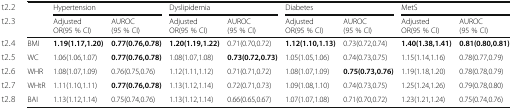
<table><thead><tr><td></td><td colspan="2"><b>Hypertension</b></td><td colspan="2"><b>Dyslipidemia</b></td><td colspan="2"><b>Diabetes</b></td><td colspan="2"><b>MetS</b></td></tr><tr><td></td><td><b>Adjusted OR(95 % CI)</b></td><td><b>AUROC (95 % CI)</b></td><td><b>Adjusted OR(95 % CI)</b></td><td><b>AUROC (95 % CI)</b></td><td><b>Adjusted OR(95 % CI)</b></td><td><b>AUROC (95 % CI)</b></td><td><b>Adjusted OR(95 % CI)</b></td><td><b>AUROC (95 % CI)</b></td></tr></thead><tbody><tr><td>BMI</td><td><b>1.19(1.17,1.20)</b></td><td><b>0.77(0.76,0.78)</b></td><td><b>1.20(1.19,1.22)</b></td><td>0.71(0.70,0.72)</td><td><b>1.12(1.10,1.13)</b></td><td>0.73(0.72,0.74)</td><td><b>1.40(1.38,1.41)</b></td><td><b>0.81(0.80,0.81)</b></td></tr><tr><td>WC</td><td>1.06(1.06,1.07)</td><td><b>0.77(0.76,0.78)</b></td><td>1.08(1.07,1.08)</td><td><b>0.73(0.72,0.73)</b></td><td>1.05(1.05,1.06)</td><td>0.74(0.73,0.75)</td><td>1.15(1.14,1.16)</td><td>0.78(0.77,0.79)</td></tr><tr><td>WHR</td><td>1.08(1.07,1.09)</td><td>0.76(0.75,0.76)</td><td>1.12(1.11,1.12)</td><td>0.71(0.71,0.72)</td><td>1.08(1.07,1.09)</td><td><b>0.75(0.73,0.76)</b></td><td>1.19(1.18,1.20)</td><td>0.78(0.78,0.79)</td></tr><tr><td>WHtR</td><td>1.11(1.10,1.11)</td><td><b>0.77(0.76,0.78)</b></td><td>1.13(1.12,1.14)</td><td>0.72(0.71,0.73)</td><td>1.09(1.08,1.10)</td><td>0.74(0.73,0.75)</td><td>1.25(1.24,1.26)</td><td>0.79(0.78,0.80)</td></tr><tr><td>BAI</td><td>1.13(1.12,1.14)</td><td>0.75(0.74,0.76)</td><td>1.13(1.12,1.14)</td><td>0.66(0.65,0.67)</td><td>1.07(1.07,1.08)</td><td>0.71(0.70,0.72)</td><td>1.23(1.21,1.24)</td><td>0.75(0.74,0.76)</td></tr></tbody></table>